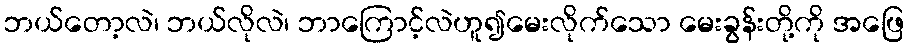
ဘယ်တော့လဲ၊ ဘယ်လိုလဲ၊ ဘာကြောင့်လဲဟူ၍မေးလိုက်သော မေးခွန်းတို့ကို အဖြေ